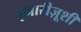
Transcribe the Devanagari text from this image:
इनारीज़ूशी